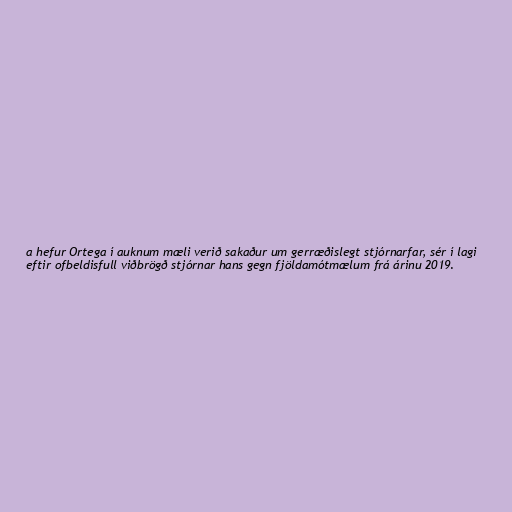
a hefur Ortega í auknum mæli verið sakaður um gerræðislegt stjórnarfar, sér í lagi
eftir ofbeldisfull viðbrögð stjórnar hans gegn fjöldamótmælum frá árinu 2019.